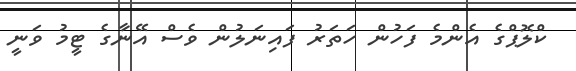
ކްލޮޕްގެ އެންމެ ފަހުން ހަތަރު ފައިނަލުން ވެސް އޭނާގެ ޓީމު ވަނީ